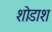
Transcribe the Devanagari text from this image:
शोडाश